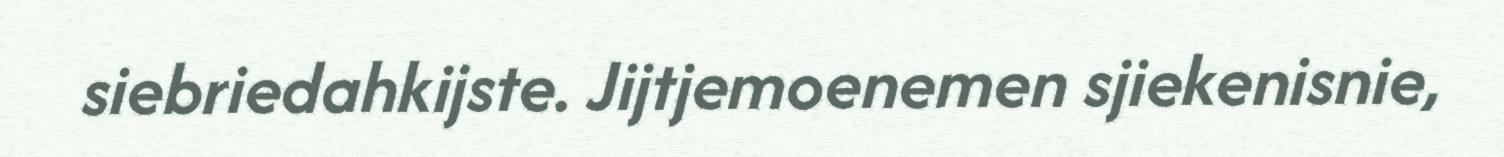
siebriedahkijste. Jijtjemoenemen sjiekenisnie,